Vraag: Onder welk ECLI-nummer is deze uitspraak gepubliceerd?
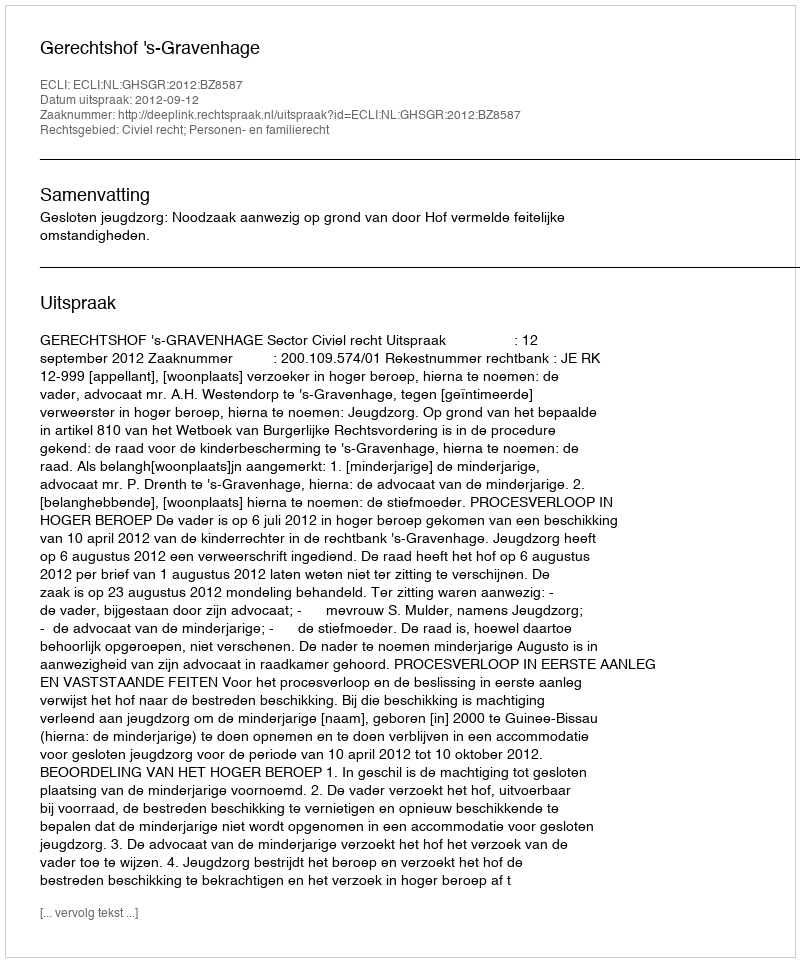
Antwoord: ECLI:NL:GHSGR:2012:BZ8587